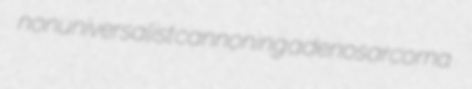
nonuniversalist cannoning adenosarcoma